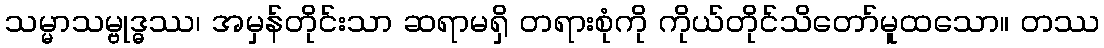
သမ္မာသမ္ဗုဒ္ဓဿ၊ အမှန်တိုင်းသာ ဆရာမရှိ တရားစုံကို ကိုယ်တိုင်သိတော်မူထသော။ တဿ